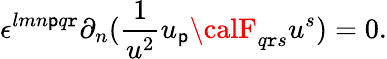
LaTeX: \epsilon^{lmn\mathsf{p}q\mathtt{r}}\partial_{n}({\frac{{1}}{{u^{2}}}}u_{\mathsf{p}}{\calF}_{q\mathtt{r}s}u^{s})=0.